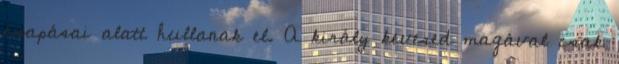
csapásai alatt hullanak el. A király kevesed magával csak